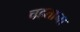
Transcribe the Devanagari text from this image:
चहताना